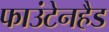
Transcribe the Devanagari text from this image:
फाउंटेनहैड